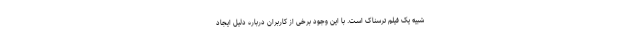
شبیه یک فیلم ترسناک است. با این وجود برخی از کاربران درباره دلیل ایجاد